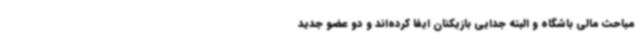
مباحث مالی باشگاه و البته جدایی بازیکنان ایفا کرده‌اند و دو عضو جدید